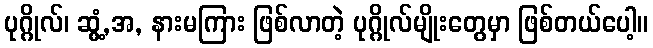
ပုဂ္ဂိုလ်၊ ဆွံ့,အ, နားမကြား ဖြစ်လာတဲ့ ပုဂ္ဂိုလ်မျိုးတွေမှာ ဖြစ်တယ်ပေါ့။